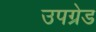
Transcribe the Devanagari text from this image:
उपग्रेड